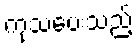
ကုသပေးသည့်